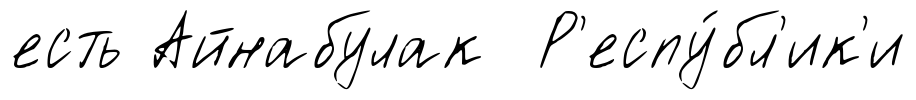
есть Айнабулак Р'еспу́бл'ик'и